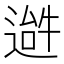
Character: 𬨹